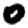
Digit: 0